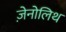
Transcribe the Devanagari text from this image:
ज़ेनोलिथ